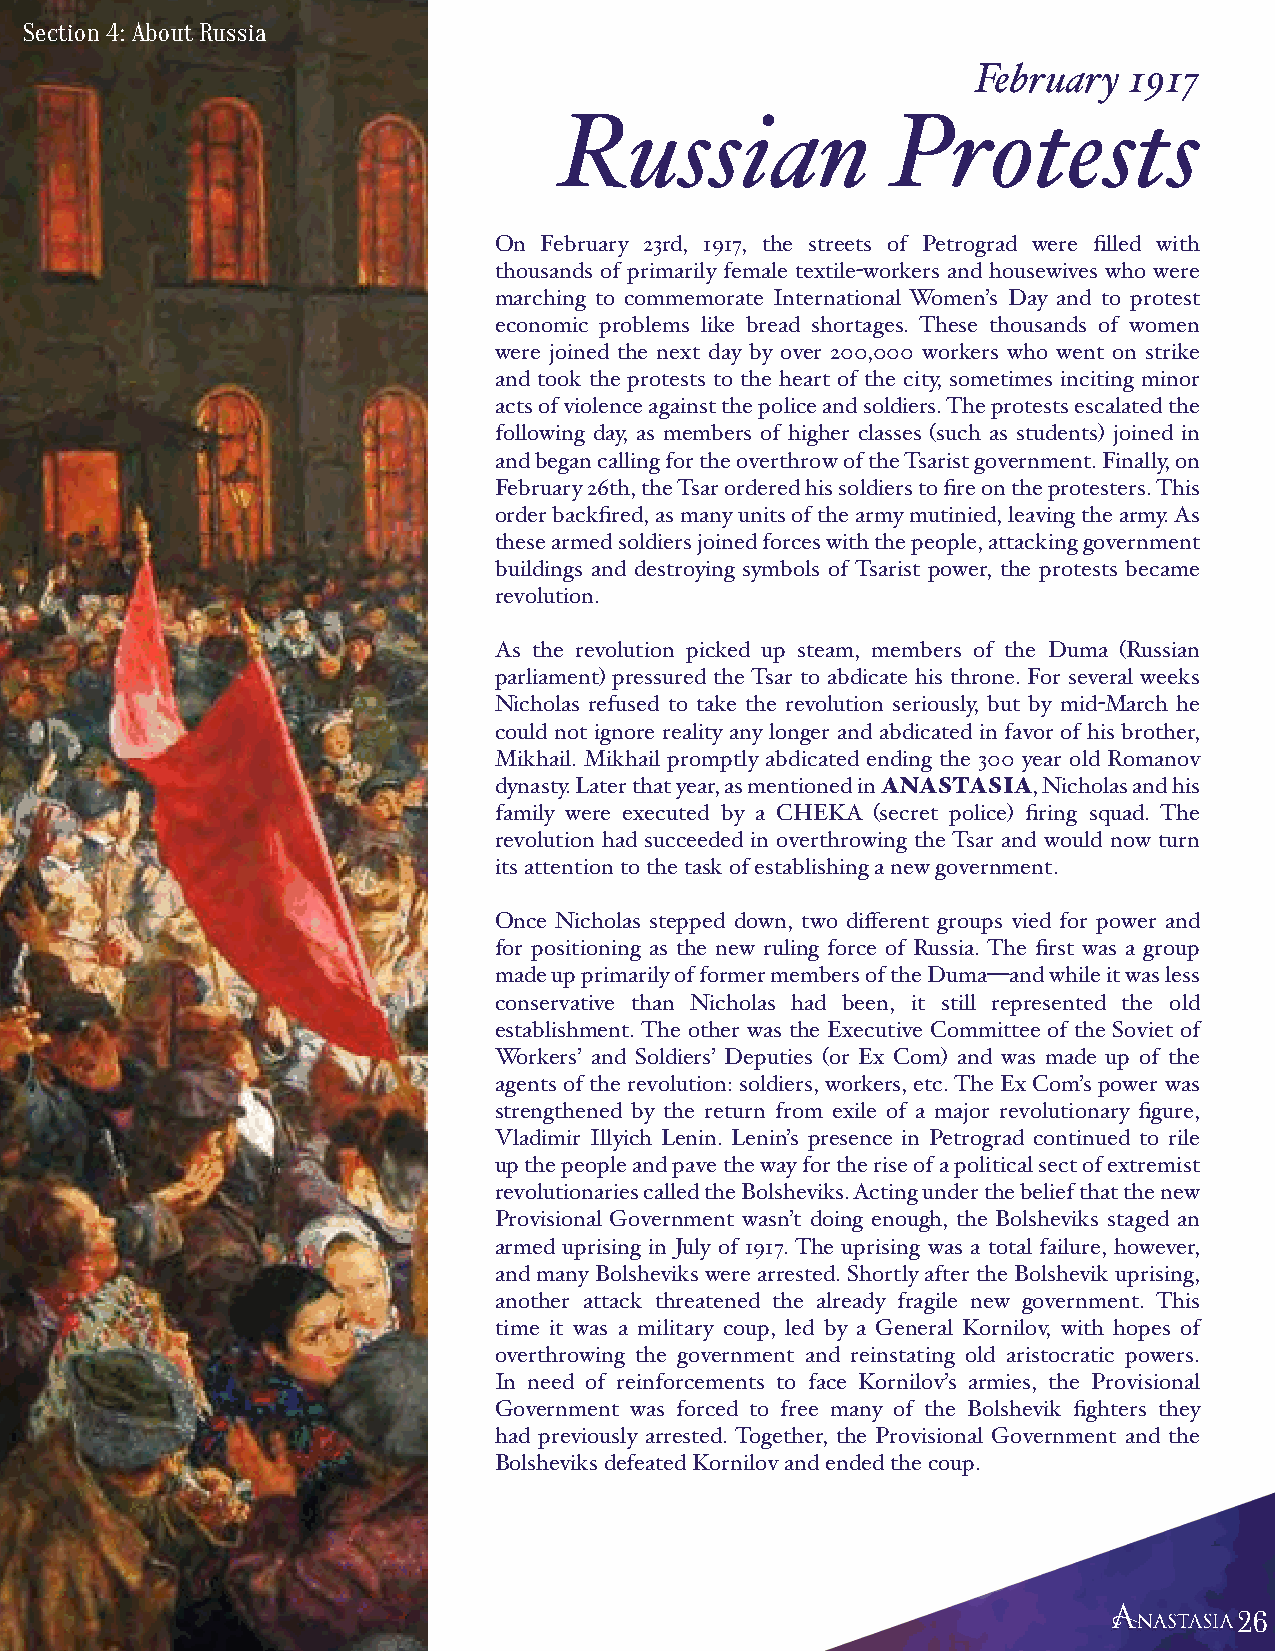
Section 4: About Russia
 February  1917
 Russian               Protests
 On February 23rd, 1917, the streets of Petrograd were filled with
 thousands of primarily female textile-workers and housewives who were
 marching to commemorate International Women’s Day and to protest
 economic problems like bread shortages. These thousands of women
 were joined the next day by over 200,000 workers who went on strike
 and took the protests to the heart of the city, sometimes inciting minor
 acts of violence against the police and soldiers. The protests escalated the
 following day, as members of higher classes (such as students) joined in
 and began calling for the overthrow of the Tsarist government. Finally, on
 February 26th, the Tsar ordered his soldiers to fire on the protesters. This
 order backfired, as many units of the army mutinied, leaving the army. As
 these armed soldiers joined forces with the people, attacking government
 buildings and destroying symbols of Tsarist power, the protests became
 revolution.
 As the revolution picked up steam, members of the Duma (Russian
 parliament) pressured the Tsar to abdicate his throne. For several weeks
 Nicholas refused to take the revolution seriously, but by mid-March he
 could not ignore reality any longer and abdicated in favor of his brother,
 Mikhail. Mikhail promptly abdicated ending the 300 year old Romanov
 dynasty. Later that year, as mentioned in ANASTASIA, Nicholas and his
 family were executed by a CHEKA (secret police) firing squad. The
 revolution had succeeded in overthrowing the Tsar and would now turn
 its attention to the task of establishing a new government.
 Once Nicholas stepped down, two different groups vied for power and
 for positioning as the new ruling force of Russia. The first was a group
 made up primarily of former members of the Duma—and while it was less
 conservative than Nicholas had been, it still represented the old
 establishment. The other was the Executive Committee of the Soviet of
 Workers’ and Soldiers’ Deputies (or Ex Com) and was made up of the
 agents of the revolution: soldiers, workers, etc. The Ex Com’s power was
 strengthened by the return from exile of a major revolutionary figure,
 Vladimir Illyich Lenin. Lenin’s presence in Petrograd continued to rile
 up the people and pave the way for the rise of a political sect of extremist
 revolutionaries called the Bolsheviks. Acting under the belief that the new
 Provisional Government wasn’t doing enough, the Bolsheviks staged an
 armed uprising in July of 1917. The uprising was a total failure, however,
 and many Bolsheviks were arrested. Shortly after the Bolshevik uprising,
 another attack threatened the already fragile new government. This
 time it was a military coup, led by a General Kornilov, with hopes of
 overthrowing the government and reinstating old aristocratic powers.
 In need of reinforcements to face Kornilov’s armies, the Provisional
 Government was forced to free many of the Bolshevik fighters they
 had previously arrested. Together, the Provisional Government and the
 Bolsheviks defeated Kornilov and ended the coup.
 222666